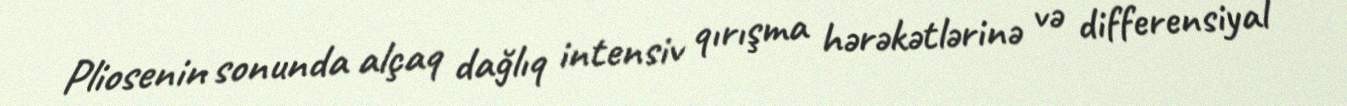
Pliosenin sonunda alçaq dağlıq intensiv qırışma hərəkətlərinə və differensiyal